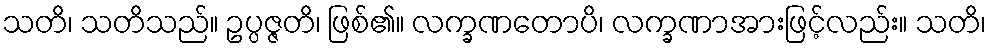
သတိ၊ သတိသည်။ ဥပ္ပဇ္ဇတိ၊ ဖြစ်၏။ လက္ခဏတောပိ၊ လက္ခဏာအားဖြင့်လည်း။ သတိ၊